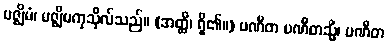
မဇ္ဈိမံ၊ မဇ္ဈိမကုသိုလ်သည်။ (အတ္ထိ၊ ရှိ၏။) ပဏီတ ပဏီတသ္မိံ၊ ပဏီတ